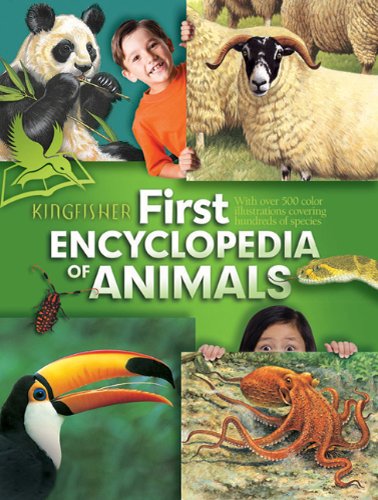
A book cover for The Kingfisher First Encyclopedia of Animals (Kingfisher First Reference); Editors of Kingfisher; Reference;